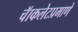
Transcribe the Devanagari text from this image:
चॅाकलेटप्रमाणे